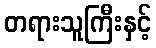
တရားသူကြီးနှင့်